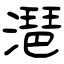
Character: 潖